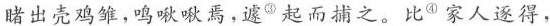
睹出壳鸡雏，鸣啾啾焉，遽③起而捕之。比④家人逐得，